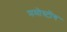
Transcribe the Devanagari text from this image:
ममोस्टोंग